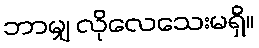
ဘာမျှ လိုလေသေးမရှိ။